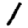
Digit: 1